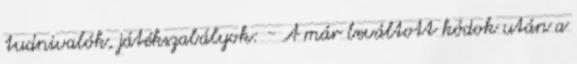
tudnivalók, játékszabályok: - A már beváltott kódok után a